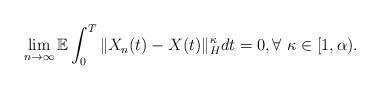
LaTeX: \begin{align*}\lim_{n\rightarrow\infty}\mathbb{E}\int_0^T \Vert X_n(t)-X(t)\Vert_H^{\kappa} dt = 0, \forall\ \kappa\in[1,\alpha) .\end{align*}